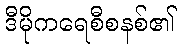
ဒီမိုကရေစီစနစ်၏